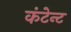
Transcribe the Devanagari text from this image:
कंटेन्ट